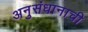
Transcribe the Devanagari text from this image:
अनुसंधानाची